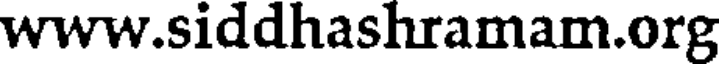
www.siddhashramam.org